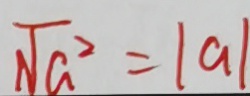
\sqrt { a ^ { 2 } } = \vert a \vert